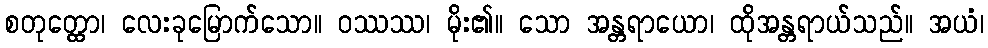
စတုတ္ထော၊ လေးခုမြောက်သော။ ဝဿဿ၊ မိုး၏။ သော အန္တရာယော၊ ထိုအန္တရာယ်သည်။ အယံ၊